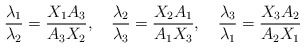
\begin{align*}{\lambda_1\over\lambda_2}={X_1A_3\over A_3X_2}, \quad {\lambda_2\over\lambda_3}={X_2A_1\over A_1X_3}, \quad {\lambda_3\over\lambda_1}={X_3A_2\over A_2X_1}\end{align*}